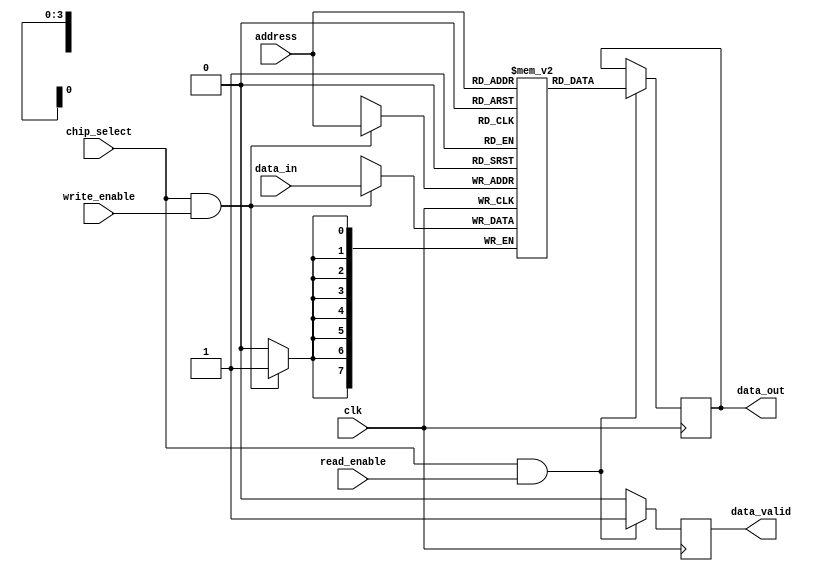
module eSRAM #(
    parameter ADDR_WIDTH = 4, // Address width (number of address lines)
    parameter DATA_WIDTH = 8,  // Data width (number of data lines)
    parameter MEM_SIZE = 16     // Number of memory cells (2^ADDR_WIDTH)
)(
    input wire clk,
    input wire chip_select,
    input wire read_enable,
    input wire write_enable,
    input wire [ADDR_WIDTH-1:0] address,
    input wire [DATA_WIDTH-1:0] data_in,
    output reg [DATA_WIDTH-1:0] data_out,
    output reg data_valid
);

// Memory array declaration
reg [DATA_WIDTH-1:0] mem_array [0:MEM_SIZE-1];

// Write operation
always @(posedge clk) begin
    if (chip_select && write_enable) begin
        mem_array[address] <= data_in; // Write data to memory
    end
end

// Read operation
always @(posedge clk) begin
    if (chip_select && read_enable) begin
        data_out <= mem_array[address]; // Read data from memory
        data_valid <= 1'b1; // Indicate valid data
    end else begin
        data_valid <= 1'b0; // Invalidate data if not reading
    end
end

endmodule